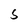
Character: s